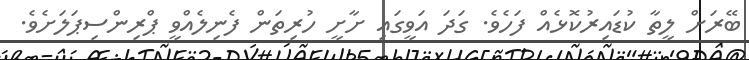
ބޭރަށް ލީތާ ކުޑައިރުކޮޅެއް ފަހެވެ. ގަދަ އަވީގައި ށާށީ ހުރިތަން ފެނިލެއްވީ ޕްރިންސިޕަލަށެވެ.